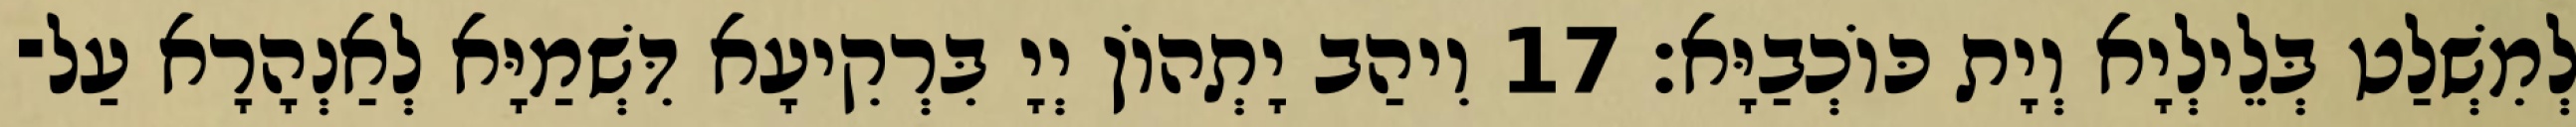
לְמִשְׁלַט בְּלֵילְיָא וְיָת כּוֹכְבַיָּא׃ 17 וִיהַב יָתְהוֹן יְיָ בִּרְקִיעָא דִּשְׁמַיָּא לְאַנְהָרָא עַל־